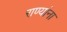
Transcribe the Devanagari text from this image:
राण्यांना